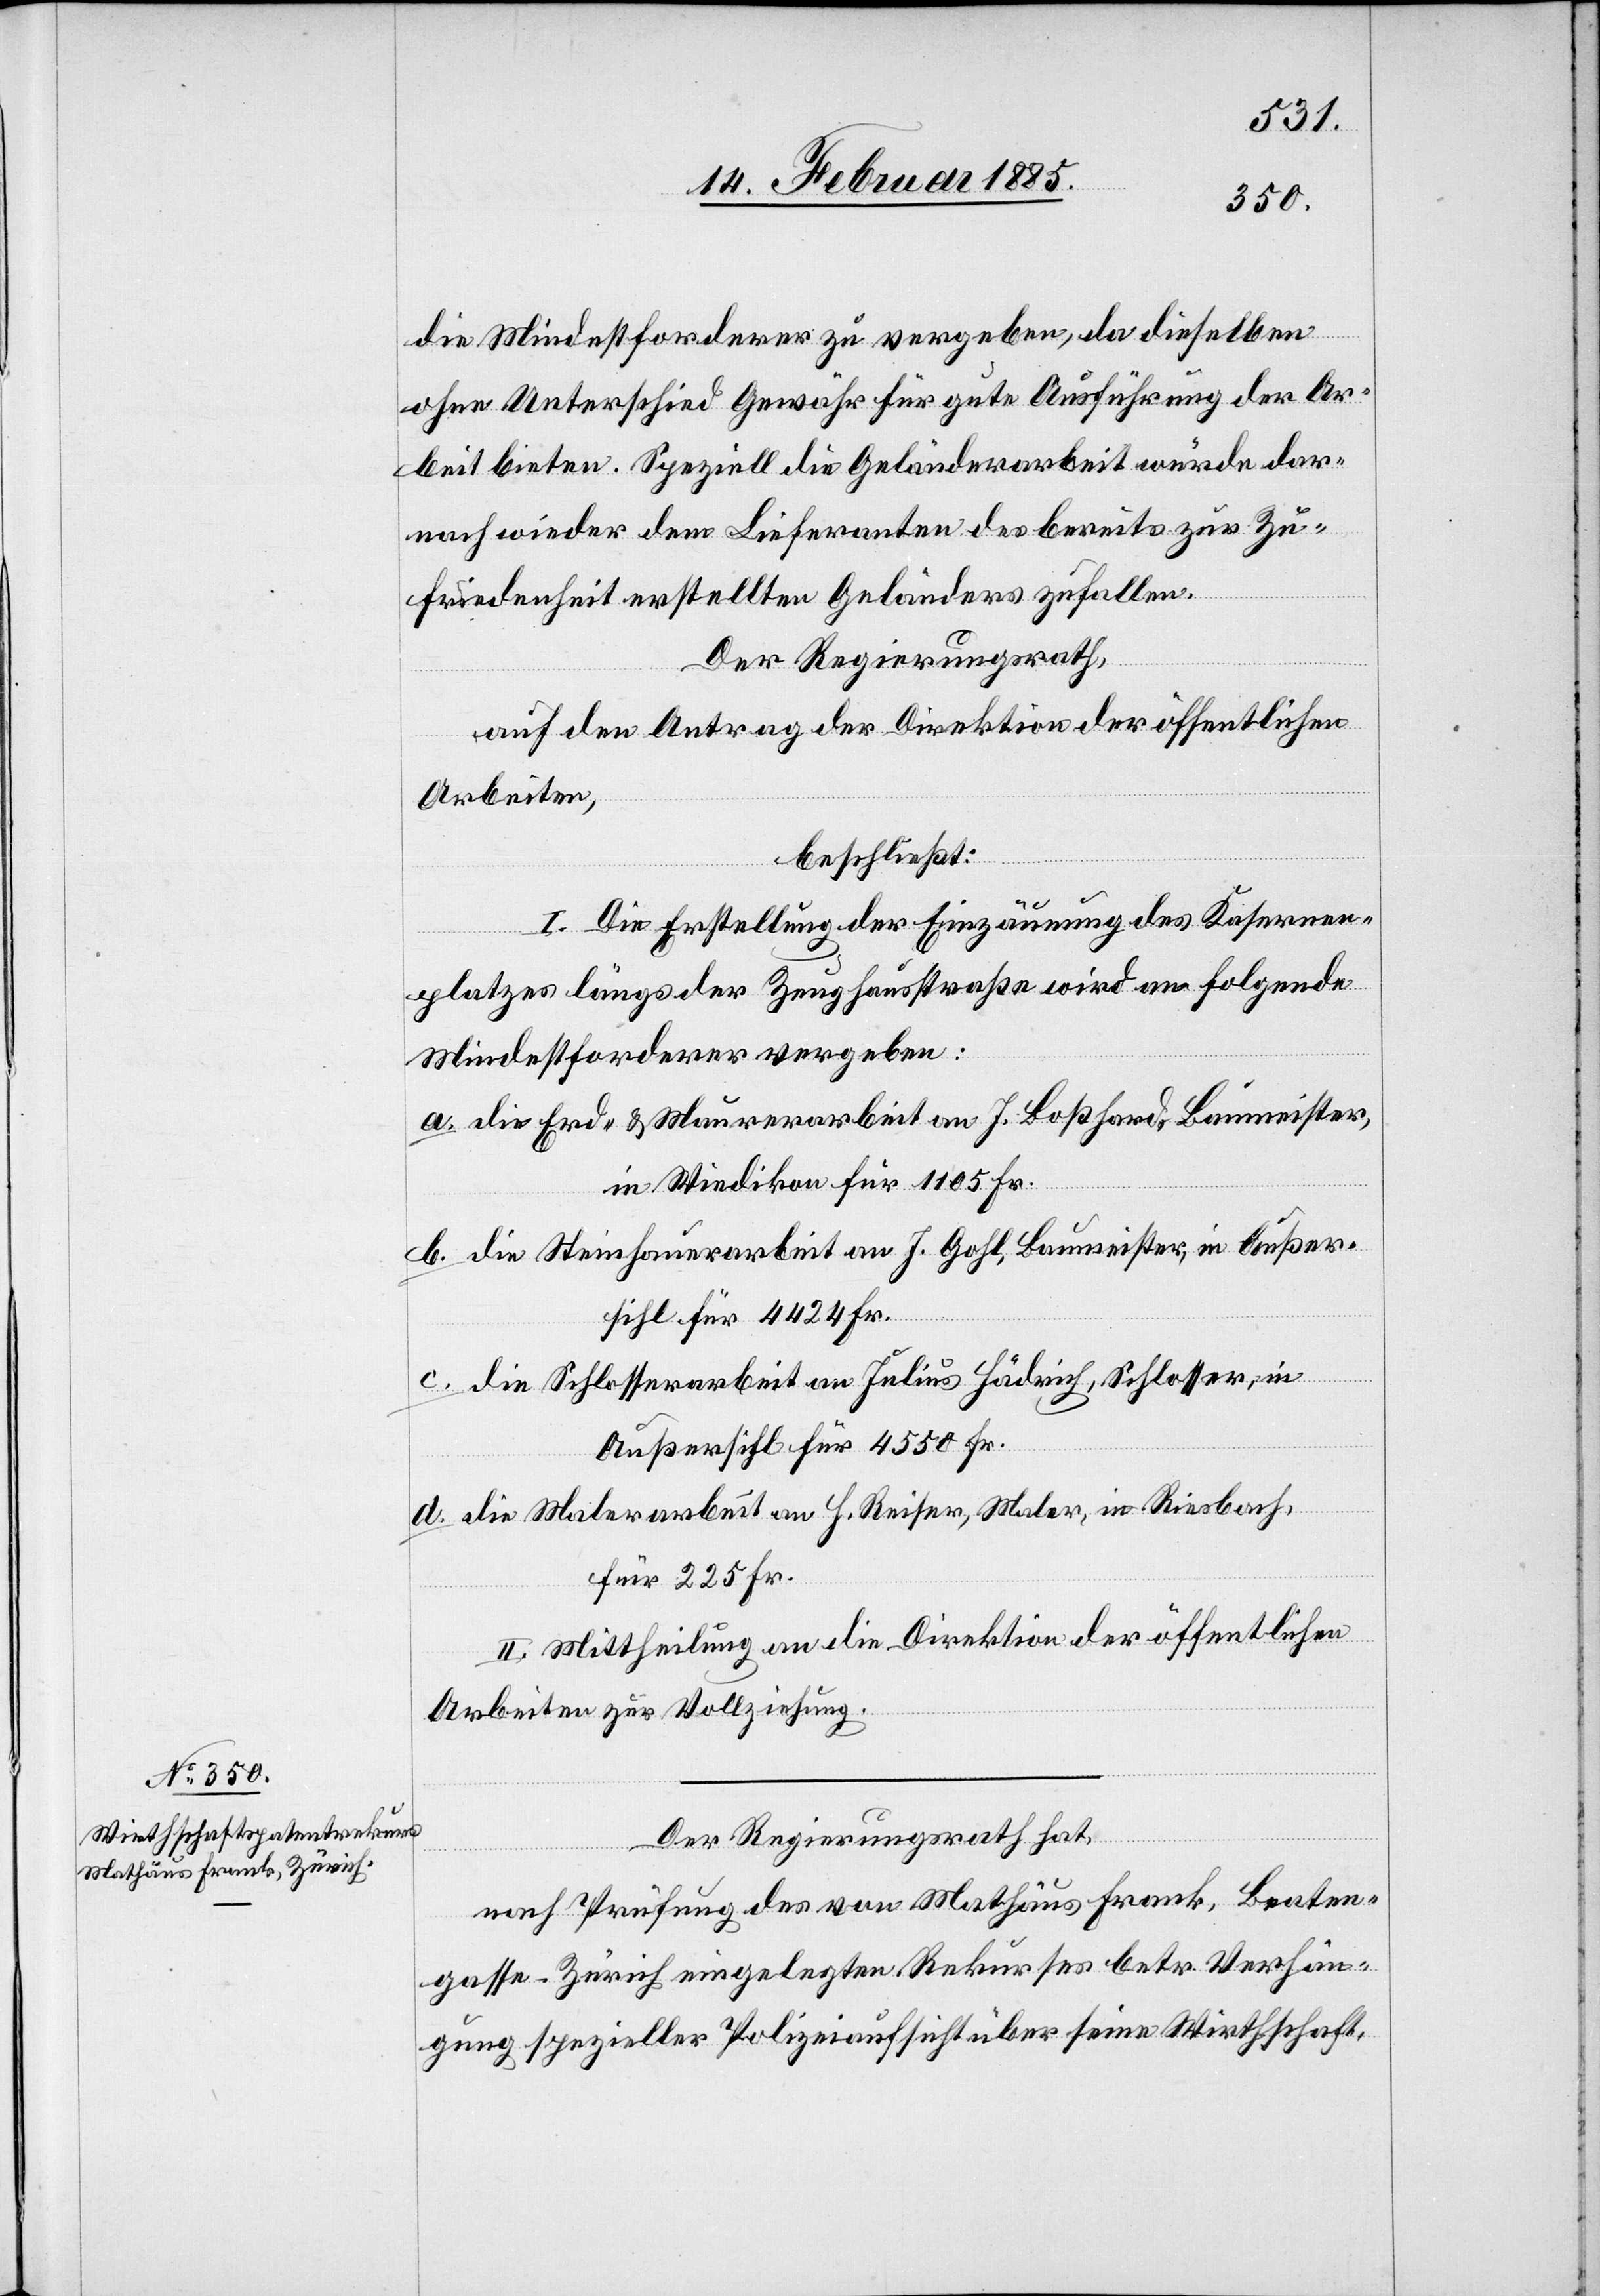
die Mindestforderer zu vergeben, da dieselben
ohne Unterschied Gewähr für gute Ausführungen der Ar¬
beit bieten. Speziell die Geländerarbeit würde dar¬
nach wieder dem Lieferanten des bereits zur Zu¬
friedenheit erstellten Geländers zufallen.
Der Regierungsrath,
auf den Antrag der Direktion der öffentlichen
Arbeiten,
beschließt:
l. Die Erstellung der Einzäunung des Kasernen¬
platzes längs der Zeughausstraße wird an folgende
Mindestforderer vergeben:
a. die Erd- & Maurerarbeit an J. Boßhard, Baumeister,
in Wiedikon für 1105 Fr.
b. die Steinhauerarbeit an J. Gohl, Baumeister, in Außer¬
sihl für 4424 Fr.
c. die Schlosserarbeit an Julius Hädrich, Schlosser, in
Außersihl für 4550 Fr.
d. die Malerarbeit an H. Reiser, Maler, in Riesbach,
für 225 Fr.
II. Mittheilung an die Direktion der öffentlichen
Arbeiten zur Vollziehung.
Der Regierungsrath hat,
nach Prüfung des von Mathäus Frank, Beaten¬
gasse - Zürich eingelegten Rekurses betr. Verhän¬
gung spezieller Polizeiaufsicht über seine Wirthschaft,